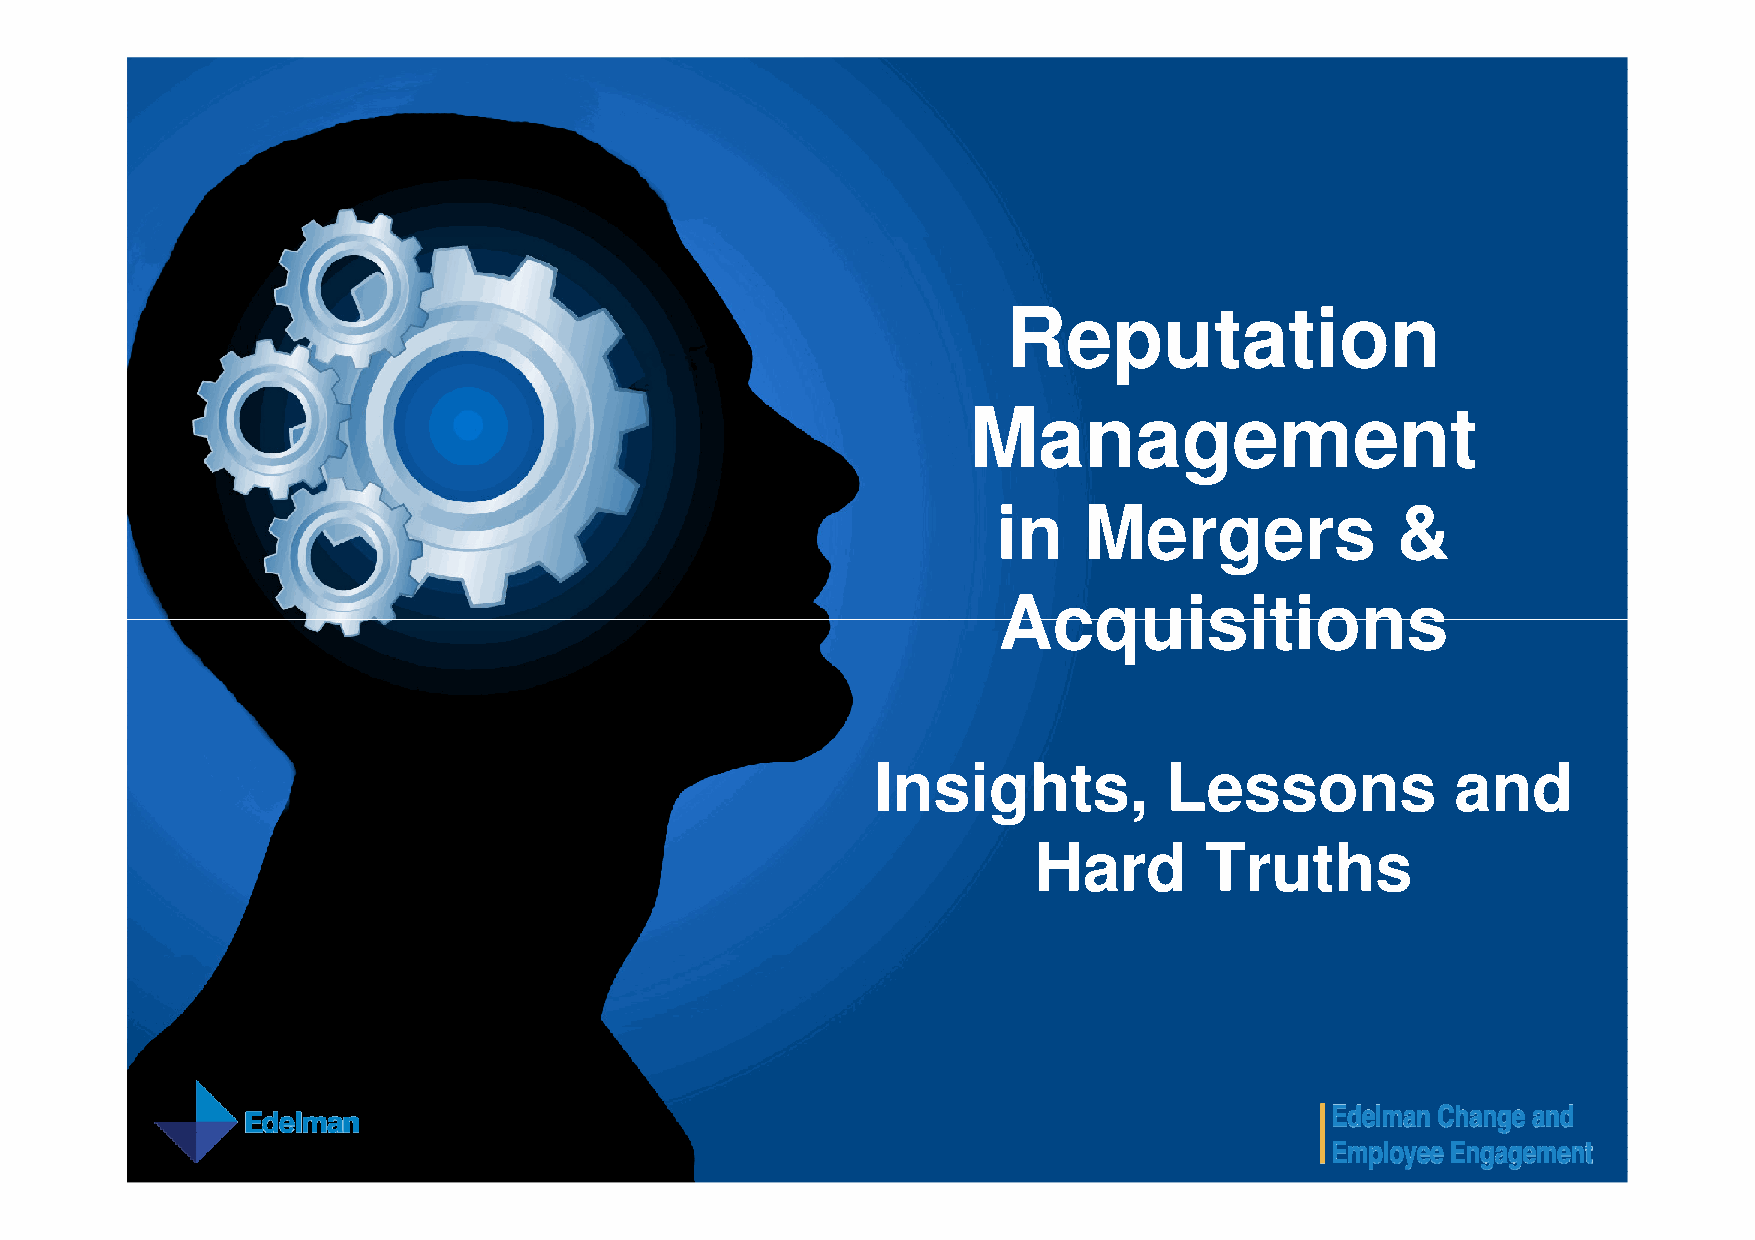
Reputation
 Management
 in    Mergers             &
 AAccqquuiissiittiioonnss
 Insights,          Lessons            and
 Hard        Truths